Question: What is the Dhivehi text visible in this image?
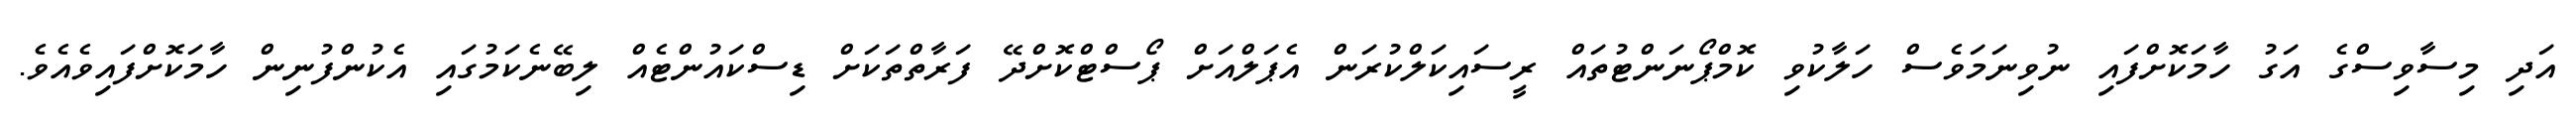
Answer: އަދި މިސާވިސްގެ އަގު ހާމަކޮށްފައި ނުވިނަމަވެސް ހަލާކުވި ކޮމްޕޯނަންޓުތައް ރީސައިކަލްކުރަން އެޕަލްއަށް ޕޯސްޓްކޮށްދޭ ފަރާތްތަކަށް ޑިސްކައުންޓެއް ލިބޭނެކަމުގައި އެކުންފުނިން ހާމަކޮށްފައިވެއެވެ.